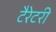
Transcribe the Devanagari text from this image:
टैरेटरी